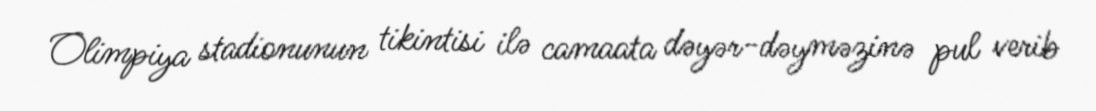
Olimpiya stadionunun tikintisi ilə camaata dəyər-dəyməzinə pul verib